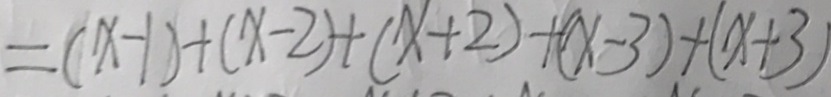
= ( x - 1 ) + ( x - 2 ) + ( x + 2 ) + ( x - 3 ) + ( x + 3 )